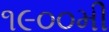
૧૯૦૦મી